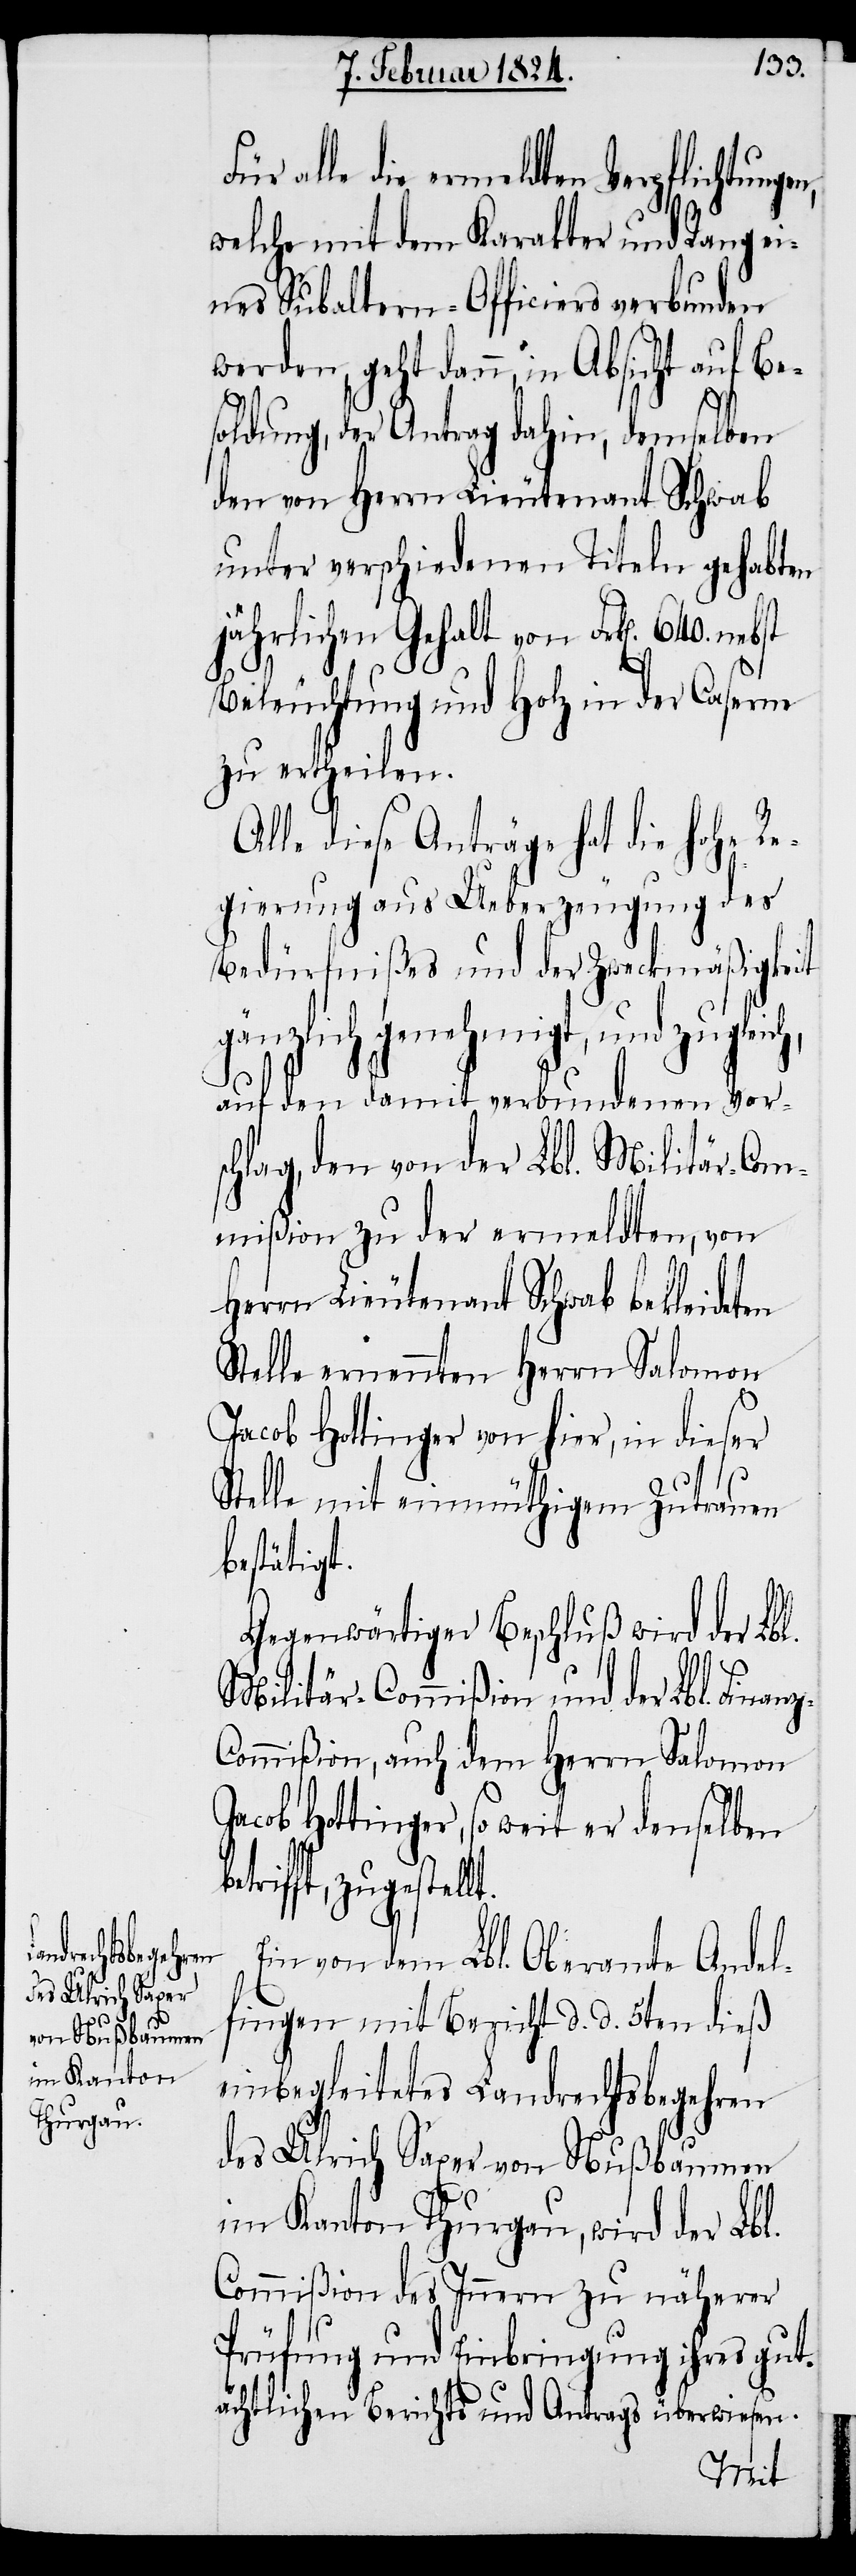
die ermeldten Verpflichtungen,
welche mit dem Karakter und Rang ei¬
nes Subaltern-Officiers verbunden
werden, geht dann in Absicht auf Be¬
soldung, der Antrag dahin, demselben
den von Herrn Lieutenant Schwab
unter verschiedenen Titeln gehabten
jährlichen Gehalt von Frk[en]. 640.
Beleuchtung und Holz in der Caserne
zu ertheilen.
Alle diese Anträge hat die hohe Re¬
gierung aus Ueberzeugung des
Bedürfnißes und der Zweckmäßigkeit
gänzlich genehmigt, und zuglei¬
auf den damit verbundenen Vor¬
schlag, den von der Lbl. Militär-Com¬
mißion zu der ermeldten, von
Herrn Lieutenant Schwab bekleideten
Stelle ernennten Herrn Salomon
Jacob Hottinger von hier, in dieser
Stelle mit einmüthigem Zutrauen
bestätigt.
Gegenwärtiger Beschluß wird der Lbl.
Militär-Commißion und der Lbl. Finan¬
ommißion, auch dem Herrn Salomon
Jacob Hottinger, so weit er denselben
rifft, zugestellt.
Ein von dem Lbl. Oberamte Andel¬
fingen mit Bericht d. d. 5ten dieß
einbegleitetes Landrechtsbegehren
des Ulrich Saxer von Nußbaumen
im Kanton Thurgau, wird der Lbl.
Commißion des Innern zu näherer
Prüfung und Einbringung ihres gut¬
ächtlichen Berichts und Antrags überwiesen.
bet¬